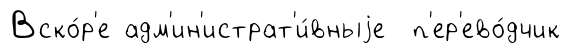
Вско́р'е адм'ин'истрат'и́вныjе п'ер'ево́дчик